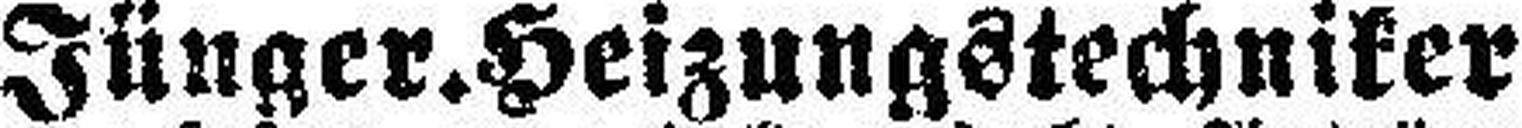
Jünger. Heizungstechniker